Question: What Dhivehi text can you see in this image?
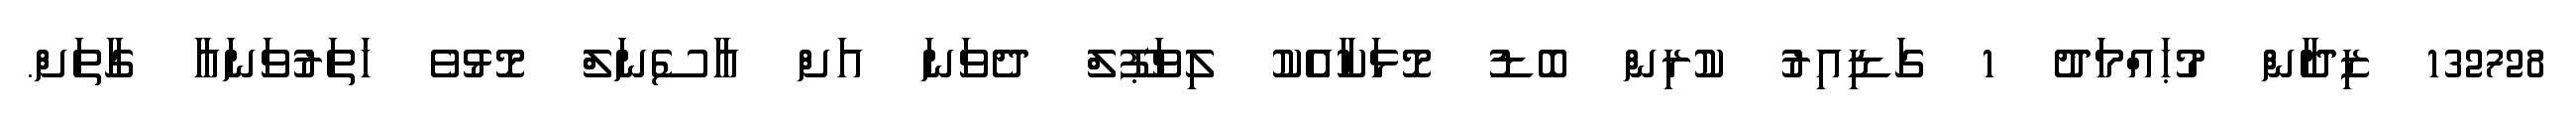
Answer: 132728 ޒިދާން މުޙައްމަދު 1 ގަޑިއިރު ކުރިން ބޮޑު މޮޅަކާއެކު ލިވަޕޫލް ދެވަނަ އަށް އާސެނަލް މޮޅުވެ ހަތަރުވަނައާ ގާތަށް.